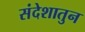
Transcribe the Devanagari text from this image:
संदेशातुन